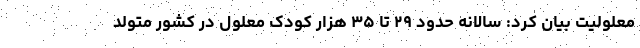
معلولیت بیان کرد: سالانه حدود ۲۹ تا ۳۵ هزار کودک معلول در کشور متولد